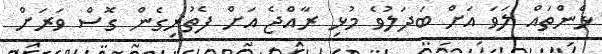
ޅެންތައް ލަވަ އަށް ބަދަލުވެ މުޅި ރާއްޖެ އަށް ފެތުރިގެން ގޮސް ވަރަށް